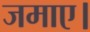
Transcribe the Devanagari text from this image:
जमाए।